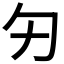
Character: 𠣌